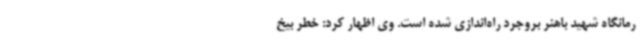
رمانگاه شهید باهنر بروجرد راه‌اندازی شده است. وی اظهار کرد: خطر بیخ